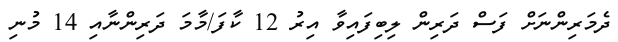
ދެމަރިންނަށް ފަސް ދަރިން ލިބިފައިވާ އިރު 12 ކާފަ/މާމަ ދަރިންނާއި 14 މުނި